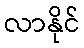
လာနိုင်